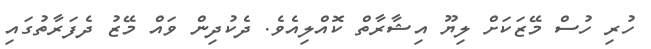
ހުރި ހުސް މޭޒަކަށް ލިޔޫ އިޝާރާތް ކޮއްލިއެވެ. ދެކުދިން ވައް މޭޒު ދެފަރާތުގައި